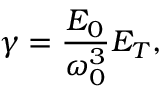
\gamma = \frac { E _ { 0 } } { \omega _ { 0 } ^ { 3 } } E _ { T } ,